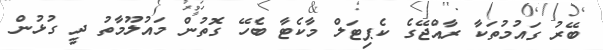
ބޭރު ގައުމުތަކާ ރާއްޖޭގެ ކެޕިޓަލް މާކެޓާ ބެހޭ ގޮތުން މައުލޫމާތު ދީ ގުޅުން